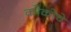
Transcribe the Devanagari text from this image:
कोकोचे